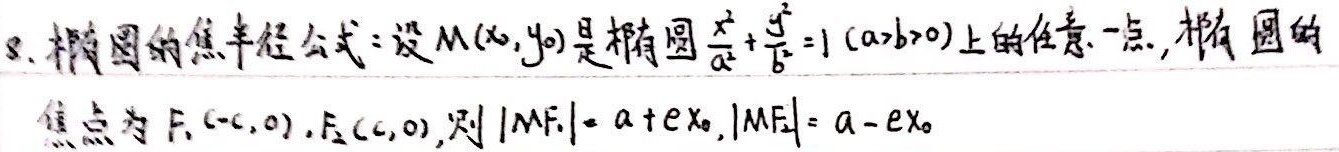
8. 椭圆的焦半径公式：设\(M(x_{0},y_{0})\)是椭圆\(\frac{x^{2}}{a^{2}}+\frac{y^{2}}{b^{2}} = 1\ (a>b>0)\)上的任意一点，椭圆的焦点为\(F_1(-c,0)\)，\(F_2(c,0)\)，则\(\vert MF_1\vert = a + ex_{0}\)，\(\vert MF_2\vert = a - ex_{0}\)